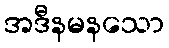
အဒီနမနသော